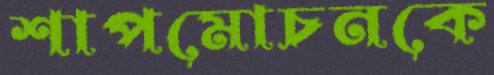
শাপমোচনকে